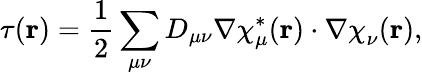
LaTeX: \tau(\mathbf{r})=\frac 12\sum_{\mu\nu}D_{\mu\nu}\nabla\chi_{\mu}^{*}(\mathbf{r})\cdot\nabla\chi_{\nu}^{}(\mathbf{r}),